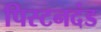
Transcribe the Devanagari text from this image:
पिस्टनदंड